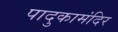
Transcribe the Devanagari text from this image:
पादुकामंदिर